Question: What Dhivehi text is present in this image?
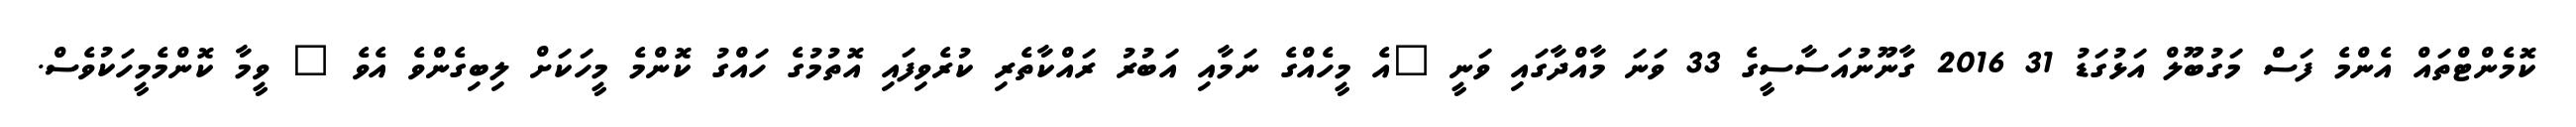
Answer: ކޮމެންޓްތައް އެންމެ ފަސް މަގުބޫލް އަޅުގަޑު 31 2016 ގާނޫނުއަސާސީގެ 33 ވަނަ މާއްދާގައި ވަނީ "އެ މީހެއްގެ ނަމާއި އަބުރު ރައްކާތެރި ކުރެވިފައި އޮތުމުގެ ހައްގު ކޮންމެ މީހަކަށް ލިބިގެންވެ އެވެ " ވީމާ ކޮންމެމީހަކުވެސް.